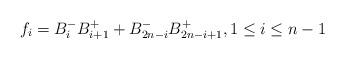
LaTeX: \begin{align*}f_{i}=B_{i}^{-}B_{i+1}^{+}+B_{2n-i}^{-}B_{2n-i+1}^{+},1\leq i\leq n-1\end{align*}